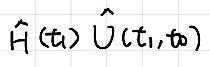
\(\hat{H}(t_1)\hat{U}(t_1,\infty)\)